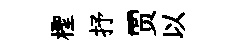
檉抒贾以